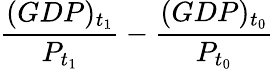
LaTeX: {\frac{(GDP)_{t_{1}}}{P_{t_{1}}}}-{\frac{(GDP)_{t_{0}}}{P_{t_{0}}}}